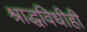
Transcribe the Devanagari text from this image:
श्राद्धविधीही